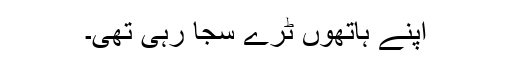
اپنے ہاتھوں ٹرے سجا رہی تھی۔